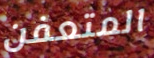
المتعفن